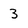
Character: 3